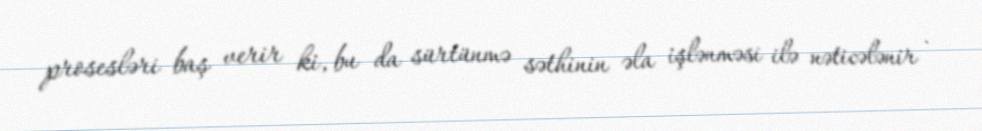
prosesləri baş verir ki, bu da sürtünmə səthinin əla işlənməsi ilə nəticələnir .